Indian journal of veterinary science and animal husbandry - Volumes 18-21, 1948-1951
Year: 1948
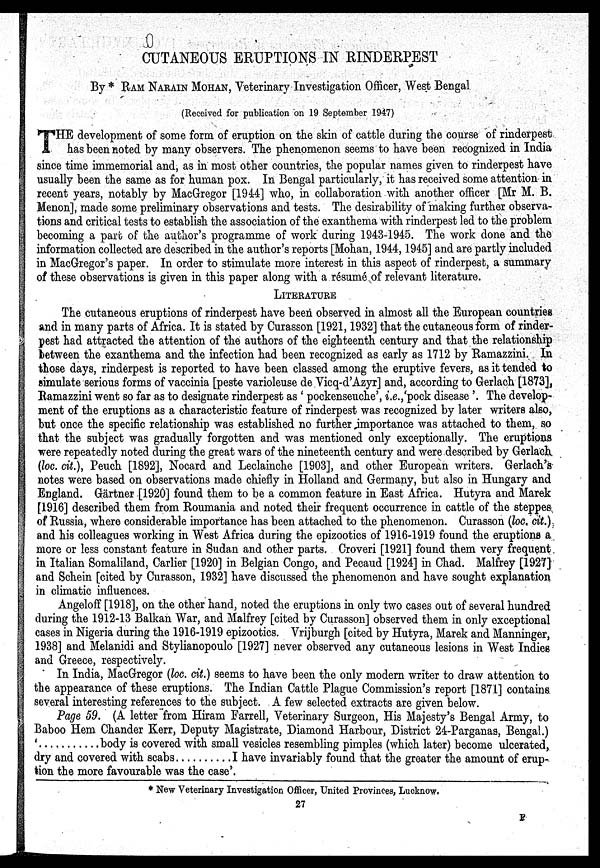
CUTANEOUS ERUPTIONS IN RINDERPEST
By * RAM NARAIN MOHAN, Veterinary Investigation Officer, West Bengal
(Received for publication on 19 September 1947)
T HE development of some form of eruption on the skin of cattle during the course of rinderpest
has been noted by many observers. The phenomenon seems to have been recognized in India
since time immemorial and, as in most other countries, the popular names given to rinderpest have
usually been the same as for human pox. In Bengal particularly, it has received some attention in
recent years, notably by MacGregor [1944] who, in collaboration with another officer [Mr M. B.
Menon], made some preliminary observations and tests. The desirability of making further observa-
tions and critical tests to establish the association of the exanthema with rinderpest led to the problem
becoming a part of the author's programme of work during 1943-1945. The work done and the
information collected are described in the author's reports [Mohan, 1944, 1945] and are partly included
in MacGregor's paper. In order to stimulate more interest in this aspect of rinderpest, a summary
of these observations is given in this paper along with a résumé of relevant literature.
LITERATURE
The cutaneous eruptions of rinderpest have been observed in almost all the European countries
and in many parts of Africa. It is stated by Curasson [1921, 1932] that the cutaneous form of rinder-
pest had attracted the attention of the authors of the eighteenth century and that the relationship
between the exanthema and the infection had been recognized as early as 1712 by Ramazzini. In
those days, rinderpest is reported to have been classed among the eruptive fevers, as it tended to
simulate serious forms of vaccinia [peste varioleuse de Vicq-d'Azyr] and, according to Gerlach [1873],
Ramazzini went so far as to designate rinderpest as ' pockenseuche', i.e.,'pock disease '. The develop-
ment of the eruptions as a characteristic feature of rinderpest was recognized by later writers also,
but once the specific relationship was established no further importance was attached to them, so
that the subject was gradually forgotten and was mentioned only exceptionally. The eruptions
were repeatedly noted during the great wars of the nineteenth century and were described by Gerlach
(loc. cit.), Peuch [1892], Nocard and Leclainche [1903], and other European writers. Gerlach's
notes were based on observations made chiefly in Holland and Germany, but also in Hungary and
England. Gärtner [1920] found them to be a common feature in East Africa. Hutyra and Marek
[1916] described them from Roumania and noted their frequent occurrence in cattle of the steppes
of Russia, where considerable importance has been attached to the phenomenon. Curasson (loc. cit.)
and his colleagues working in West Africa during the epizootics of 1916-1919 found the eruptions a
more or less constant feature in Sudan and other parts. Croveri [1921] found them very frequent
in Italian Somaliland, Carlier [1920] in Belgian Congo, and Pecaud [1924] in Chad. Malfrey [1927]
and Schein [cited by Curasson, 1932] have discussed the phenomenon and have sought explanation
in climatic influences.
Angeloff [1918], on the other hand, noted the eruptions in only two cases out of several hundred
during the 1912-13 Balkan War, and Malfrey [cited by Curasson] observed them in only exceptional
cases in Nigeria during the 1916-1919 epizootics. Vrijburgh [cited by Hutyra, Marek and Manninger,
1938] and Melanidi and Stylianopoulo [1927] never observed any cutaneous lesions in West Indies
and Greece, respectively.
In India, MacGregor (loc. cit.) seems to have been the only modern writer to draw attention to
the appearance of these eruptions. The Indian Cattle Plague Commission's report [1871] contains
several interesting references to the subject. A few selected extracts are given below.
Page 59. (A letter from Hiram Farrell, Veterinary Surgeon, His Majesty's Bengal Army, to
Baboo Hem Chander Kerr, Deputy Magistrate, Diamond Harbour, District 24-Parganas, Bengal.)
'
body is covered with small vesicles resembling pimples (which later) become ulcerated,
dry and covered with scabs
I have invariably found that the greater the amount of erup-
tion the more favourable was the case'.
* New Veterinary Investigation Officer, United Provinces, Lucknow.
27
F